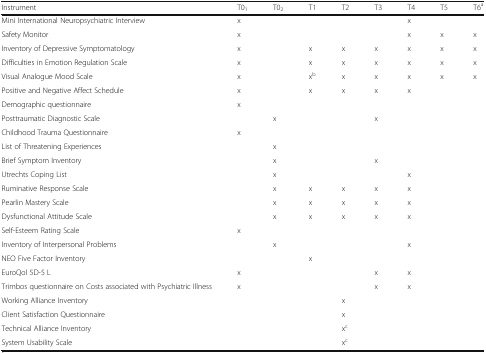
| Instrument | T01 | T02 | T1 | T2 | T3 | T4 | T5 | T6a |
 | --- | --- | --- | --- | --- | --- | --- | --- | --- |
 | Mini International Neuropsychiatric Interview | x |  |  |  |  | x |  |  |
 | Safety Monitor | x |  |  |  |  | x | x | x |
 | Inventory of Depressive Symptomatology | x |  | x | x | x | x | x | x |
 | Difficulties in Emotion Regulation Scale | x |  | x | x | x | x | x | x |
 | Visual Analogue Mood Scale | x |  | xb | x | x | x | x | x |
 | Positive and Negative Affect Schedule | x |  | x | x | x | x |  |  |
 | Demographic questionnaire | x |  |  |  |  |  |  |  |
 | Posttraumatic Diagnostic Scale |  | x |  |  | x |  |  |  |
 | Childhood Trauma Questionnaire | x |  |  |  |  |  |  |  |
 | List of Threatening Experiences |  | x |  |  |  |  |  |  |
 | Brief Symptom Inventory |  | x |  |  | x |  |  |  |
 | Utrechts Coping List |  | x |  |  |  | x |  |  |
 | Ruminative Response Scale |  | x | x | x | x | x |  |  |
 | Pearlin Mastery Scale |  | x | x | x | x | x |  |  |
 | Dysfunctional Attitude Scale |  | x | x | x | x | x |  |  |
 | Self-Esteem Rating Scale | x |  |  |  |  |  |  |  |
 | Inventory of Interpersonal Problems |  | x |  |  |  | x |  |  |
 | NEO Five Factor Inventory |  |  | x |  |  |  |  |  |
 | EuroQol 5D-5 L | x |  |  |  | x | x |  |  |
 | Trimbos questionnaire on Costs associated with Psychiatric Illness | x |  |  |  | x | x |  |  |
 | Working Alliance Inventory |  |  |  | x |  |  |  |  |
 | Client Satisfaction Questionnaire |  |  |  | x |  |  |  |  |
 | Technical Alliance Inventory |  |  |  | xc |  |  |  |  |
 | System Usability Scale |  |  |  | xc |  |  |  |  |